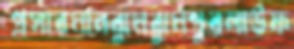
প্রসারমানঝুমঝুমপুরলাউফ